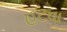
હટવા